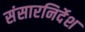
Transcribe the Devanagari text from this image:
संसारनिर्देश